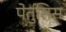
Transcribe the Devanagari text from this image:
पेर्तुसिस